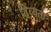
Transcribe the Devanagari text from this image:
दिव्‍यता